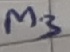
Text: M3